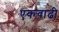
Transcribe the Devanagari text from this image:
एकवाढी